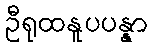
ဦရုထနူပပန္နာ